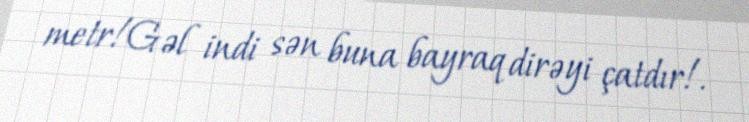
metr!Gəl indi sən buna bayraq dirəyi çatdır!.